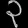
Digit: ၃